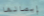
إيصالها